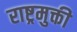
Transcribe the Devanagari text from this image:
राष्ट्रमुक्ती